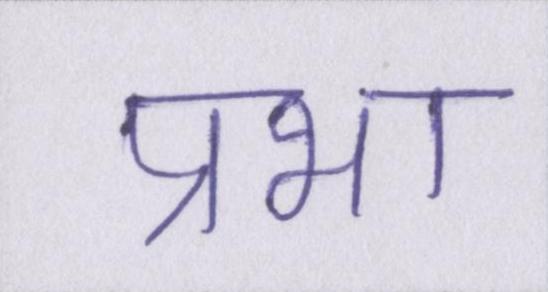
प्रभा